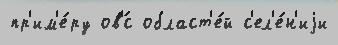
пр'им'е́ру ов'́с област'е́й с'ел'е́н'иjи